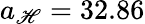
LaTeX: a_{\mathscr{H}}=32.86